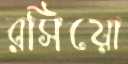
রসিয়ো